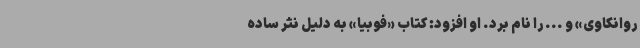
روانکاوی» و ... را نام برد. او افزود: کتاب «فوبیا» به دلیل نثر ساده